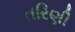
તરિણી